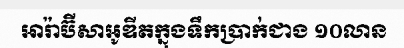
អារ៉ាប៊ីសាអូឌីតក្នុងទឹកប្រាក់ជាង ១០លាន